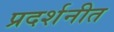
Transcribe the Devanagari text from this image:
प्रदर्शनीत